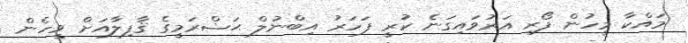
މައްކާ މީހުން ފޯރި އަރުވައިގަނެ ކުރީ ފަހަރު އިބްނުލް ޙަޟްރަމީގެ ޤާފިލާއަށް ވީހެން